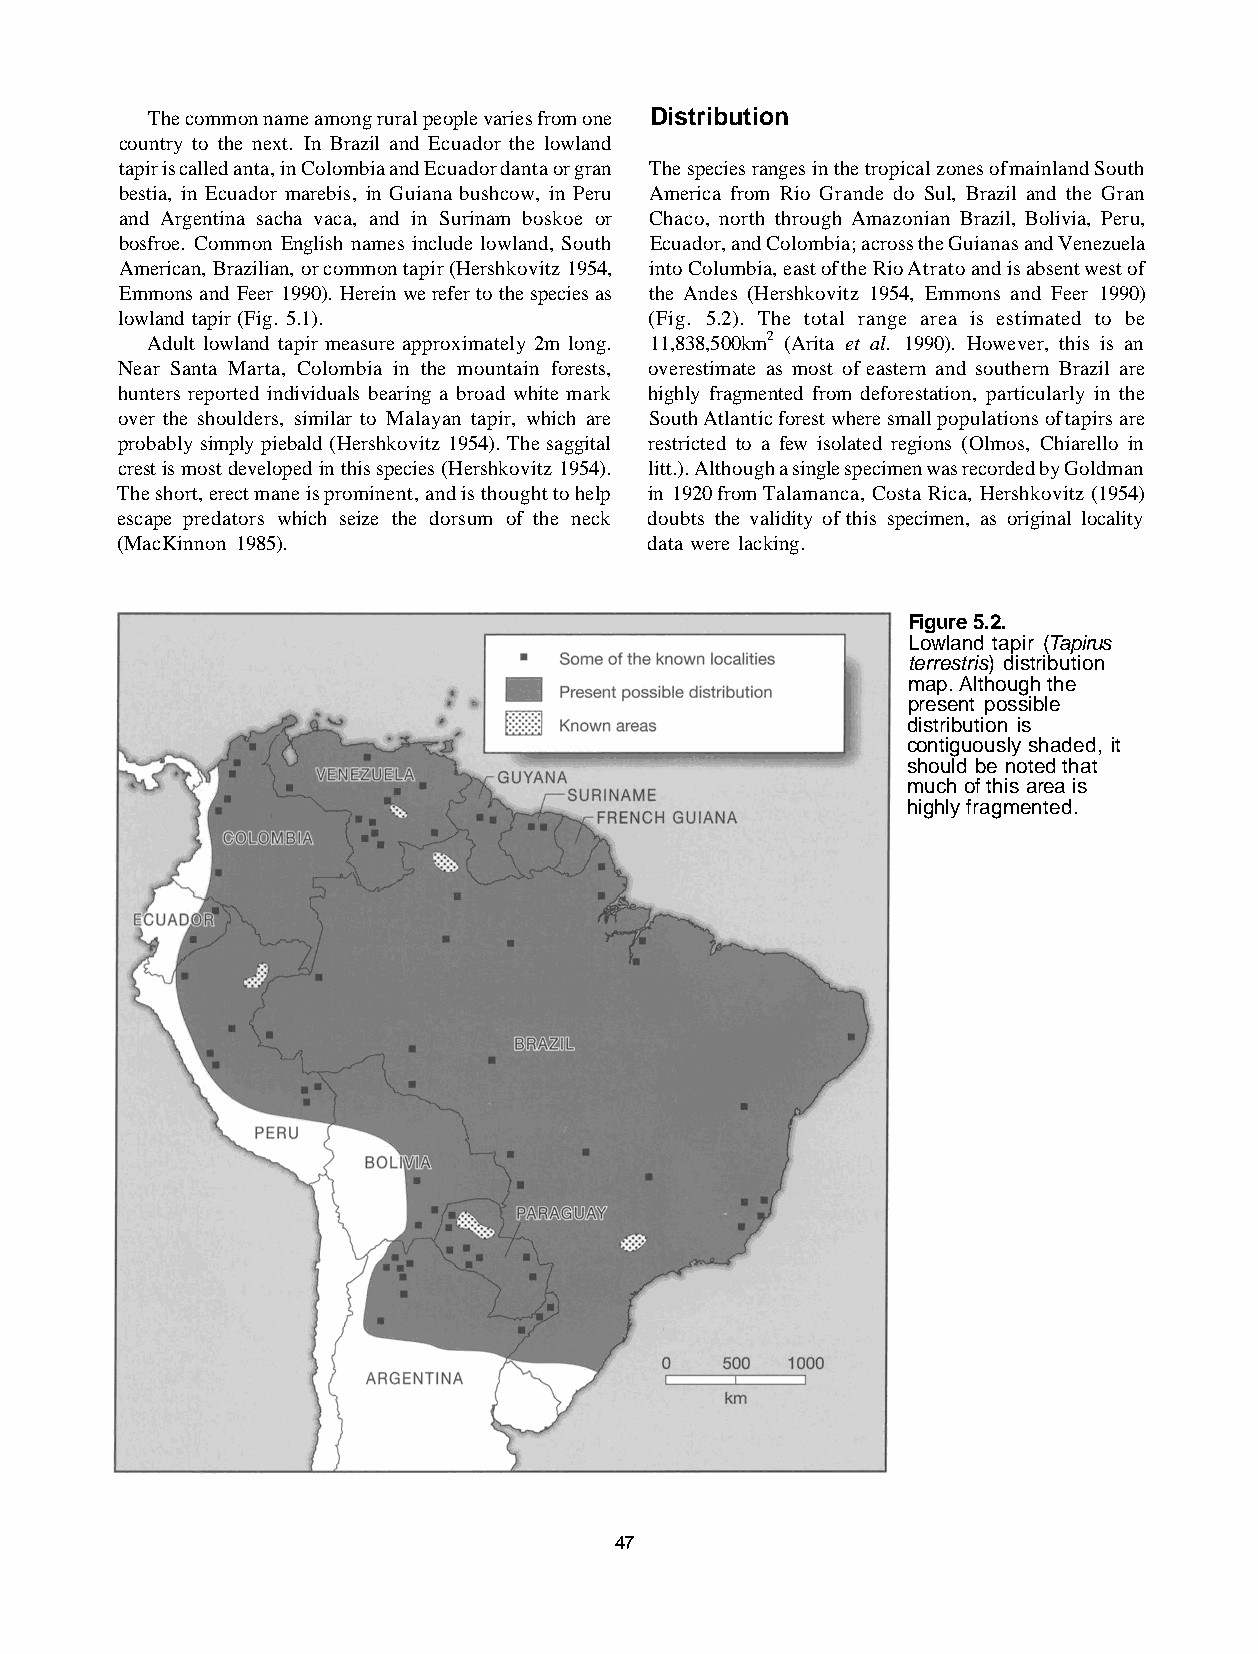
The common name among rural people varies from one Distribution
 country to the next. In Brazil and Ecuador the lowland
 tapir is called anta, in Colombia and Ecuador danta or gran The species ranges in the tropical zones of mainland South
 bestia, in Ecuador marebis, in Guiana bushcow, in Peru America from Rio Grande do Sul, Brazil and the Gran
 and Argentina sacha vaca, and in Surinam boskoe or Chaco, north through Amazonian Brazil, Bolivia, Peru,
 bosfroe. Common English names include lowland, South Ecuador, and Colombia; across the Guianas and Venezuela
 American, Brazilian, or common tapir (Hershkovitz 1954, into Columbia, east of the Rio Atrato and is absent west of
 Emmons and Feer 1990). Herein we refer to the species as the Andes (Hershkovitz 1954, Emmons and Feer 1990)
 lowland tapir (Fig. 5.1).          (Fig. 5.2). The total range area is estimated to be
 Adult lowland tapir measure approximately 2m long. 11,838,500km2 (Arita et al. 1990). However, this is an
 Near Santa Marta, Colombia in the mountain forests, overestimate as most of eastern and southern Brazil are
 hunters reported individuals bearing a broad white mark highly fragmented from deforestation, particularly in the
 over the shoulders, similar to Malayan tapir, which are South Atlantic forest where small populations of tapirs are
 probably simply piebald (Hershkovitz 1954). The saggital restricted to a few isolated regions (Olmos, Chiarello in
 crest is most developed in this species (Hershkovitz 1954). litt.). Although a single specimen was recorded by Goldman
 The short, erect mane is prominent, and is thought to help in 1920 from Talamanca, Costa Rica, Hershkovitz (1954)
 escape predators which seize the dorsum of the neck doubts the validity of this specimen, as original locality
 (MacKinnon 1985).                  data were lacking.
 Figure 5.2.
 Lowland tapir (Tapirus
 terrestris) distribution
 map. Although the
 present possible
 distribution is
 contiguously shaded, it
 should be noted that
 much of this area is
 highly fragmented.
 47